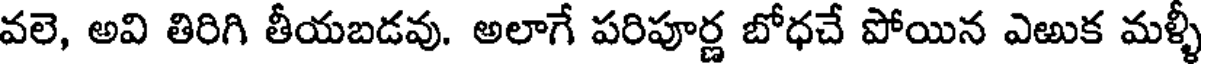
వలె, అవి తిరిగి తీయబడవు. అలాగే పరిపూర్ణ బోధచే పోయిన ఎఱుక మళ్ళీ